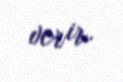
verir.